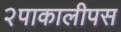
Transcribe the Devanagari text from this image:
२पाकालीपस